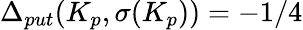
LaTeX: \Delta_{put}(K_{p},\sigma(K_{p}))=-1/4